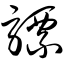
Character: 骠